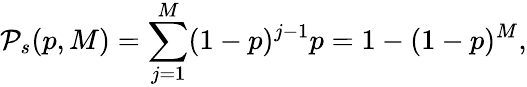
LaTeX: \mathcal{P}_{s}(p,M)=\sum_{j=1}^{M}(1-p)^{j-1}p=1-(1-p)^{M},